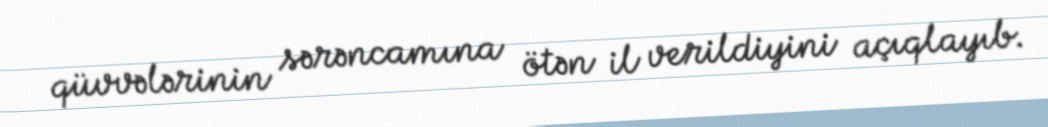
qüvvələrinin sərəncamına ötən il verildiyini açıqlayıb.